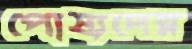
পোষ্যদের